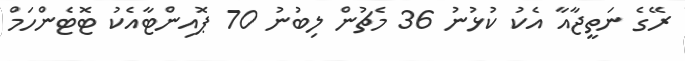
ރޭގެ ނަތީޖާއާ އެކު ކުޅުނު 36 މެޗުން ލިބުނު 70 ޕޮއިންޓާއެކު ޓޮޓެންހަމް